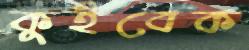
কুইবেক